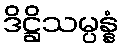
ဒိဋ္ဌိသမ္ပန္နံ